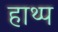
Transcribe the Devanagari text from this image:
हाथ्प